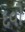
દવો